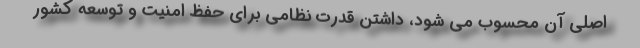
اصلی آن محسوب می شود، داشتن قدرت نظامی برای حفظ امنیت و توسعه کشور